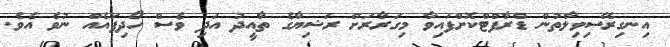
އިނގިރޭސިވިލާތުން ޑްރާފްޓްކޮށްފައިވާ މިގަރާރަށް ރަޝިޔާގެ ތާއީދު އަދި ވެސް ހޯދިފައެއް ނުވެ އެވެ.